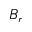
B _ { r }